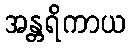
အန္တရိကာယ